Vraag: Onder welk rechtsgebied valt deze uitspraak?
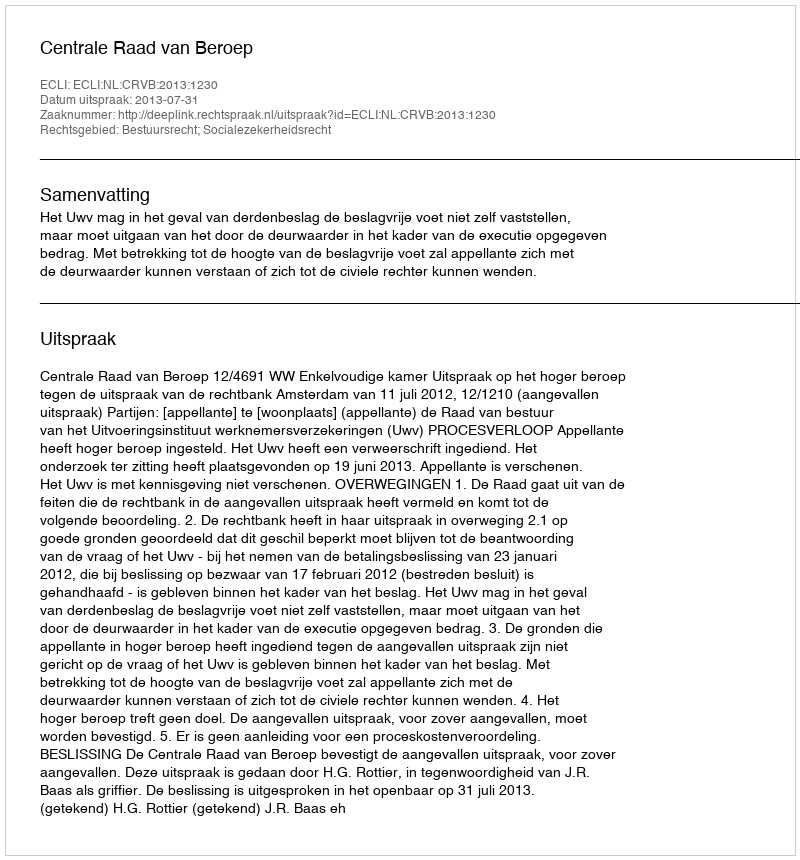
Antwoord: Bestuursrecht; Socialezekerheidsrecht